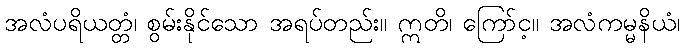
အလံပရိယတ္တံ၊ စွမ်းနိုင်သော အရပ်တည်း။ ဣတိ၊ ကြော်င့။ အလံကမ္မနိယံ၊